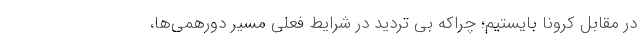
در مقابل کرونا بایستیم؛ چراکه بی تردید در شرایط فعلی مسیر دورهمی‌ها،